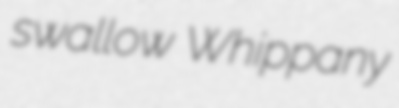
swallow Whippany